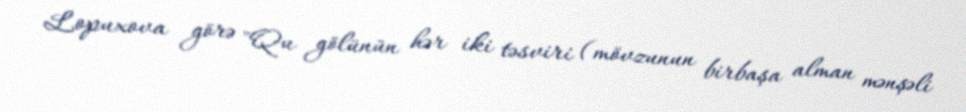
Lopuxova görə "Qu gölünün hər iki təsviri (mövzunun birbaşa alman mənşəli